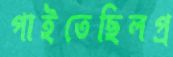
পাইতেছিলপ্র